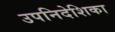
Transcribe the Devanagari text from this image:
उपनिदेशिका